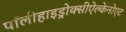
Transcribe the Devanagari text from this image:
पॉलीहाइड्रोक्सीऐल्केनोएट